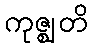
ကုဇ္ဈတိ